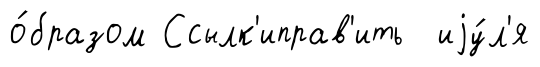
о́бразом Ссылк'иправ'ить иjу́л'я